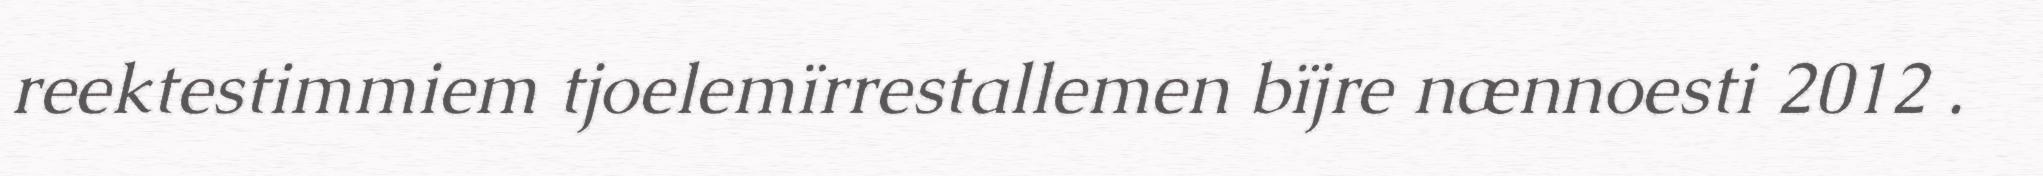
reektestimmiem tjoelemïrrestallemen bïjre nænnoesti 2012 .